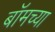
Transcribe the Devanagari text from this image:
बॉमच्या